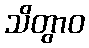
သိတွာဝ